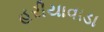
હરીયાવાડા